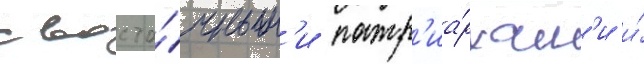
с восто́чным'и патр'иа́рхам'и и́